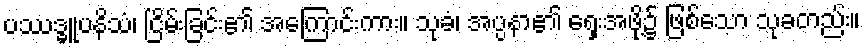
ပဿဒ္ဓူပနိသံ၊ ငြိမ်းခြင်း၏ အကြောင်းကား။ သုခံ၊ အပ္ပနာ၏ ရှေးအဖို့၌ ဖြစ်သော သုခတည်း။